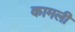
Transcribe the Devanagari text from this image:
कामली